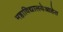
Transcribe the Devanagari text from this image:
महाविद्यालयेआहेत